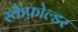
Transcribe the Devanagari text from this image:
स्कैफ़ोल्डर